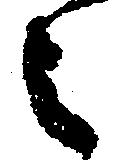
之